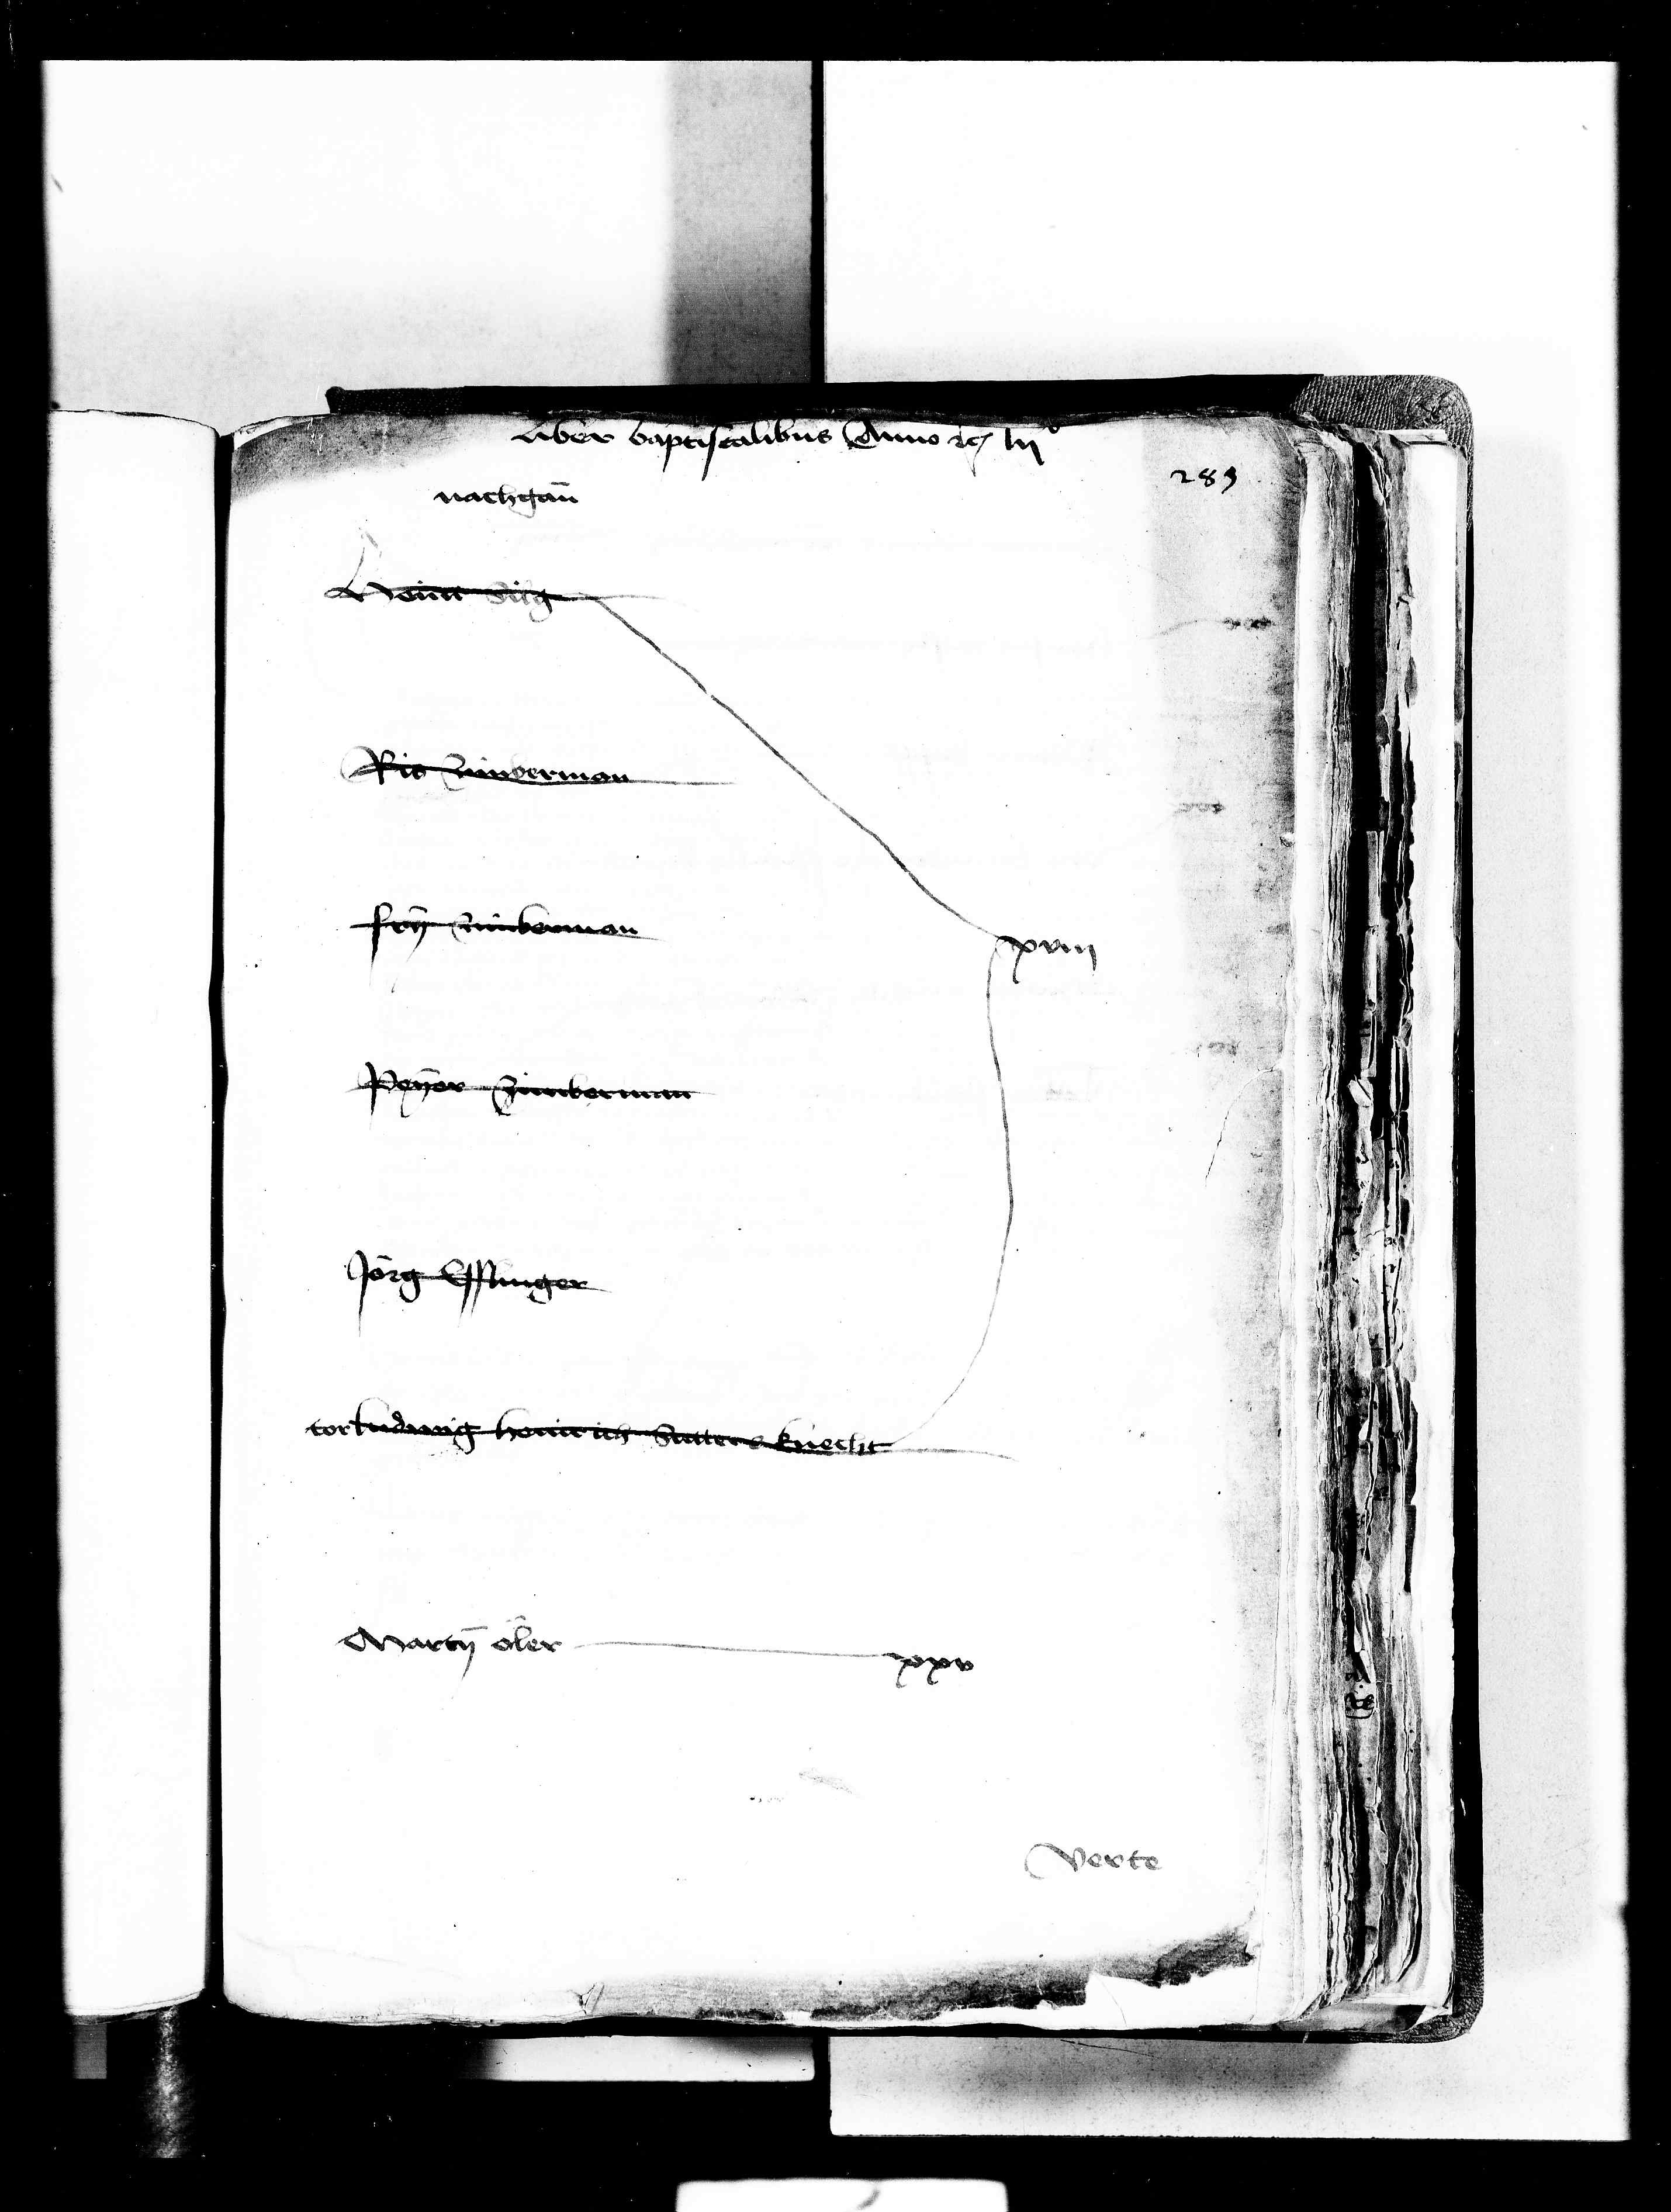
Transcription:
liber baptistalibus anno etc lij
nachgan
Heini Silg
Ris zimberman
Fry zimberman
Peyer zimberman
Jörg Esslinger
tor Ludwig Heinrich Sutters knecht
Marty oeler
xxv

xviij

verte

283